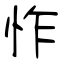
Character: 怍